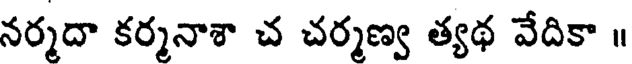
నర్మదా కర్మనాశా చ చర్మణ్వ త్యథ వేదికా